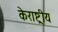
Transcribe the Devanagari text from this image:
केराष्ट्रीय